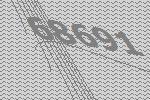
68691